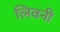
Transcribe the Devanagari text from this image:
लिवनी